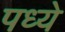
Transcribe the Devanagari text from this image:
पध्ये